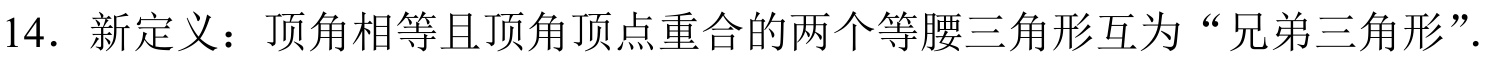
14．新定义：顶角相等且顶角顶点重合的两个等腰三角形互为“兄弟三角形”．